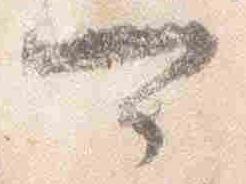
可